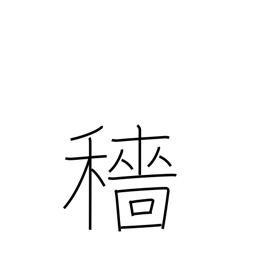
Meaning: harvest